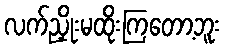
လက်ညှိုးမထိုးကြတော့ဘူး